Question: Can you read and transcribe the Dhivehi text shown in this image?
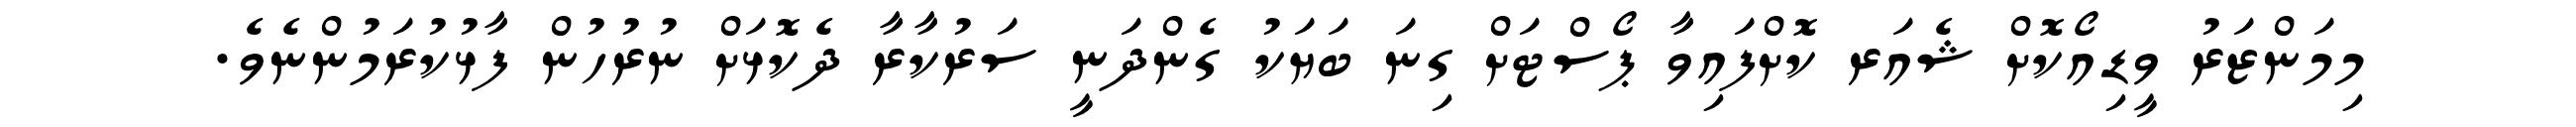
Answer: މިމަންޒަރު ވީޑިއޯކޮށް ޝެއަރ ކޮށްފައިވާ ޕޯސްޓަށް ގިނަ ބަޔަކު ގެންދަނީ ސަރުކާރާ ދެކޮޅަށް ނުރުހުން ފާޅުކުރަމުންނެވެ.